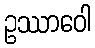
ဥဿာဝေါ